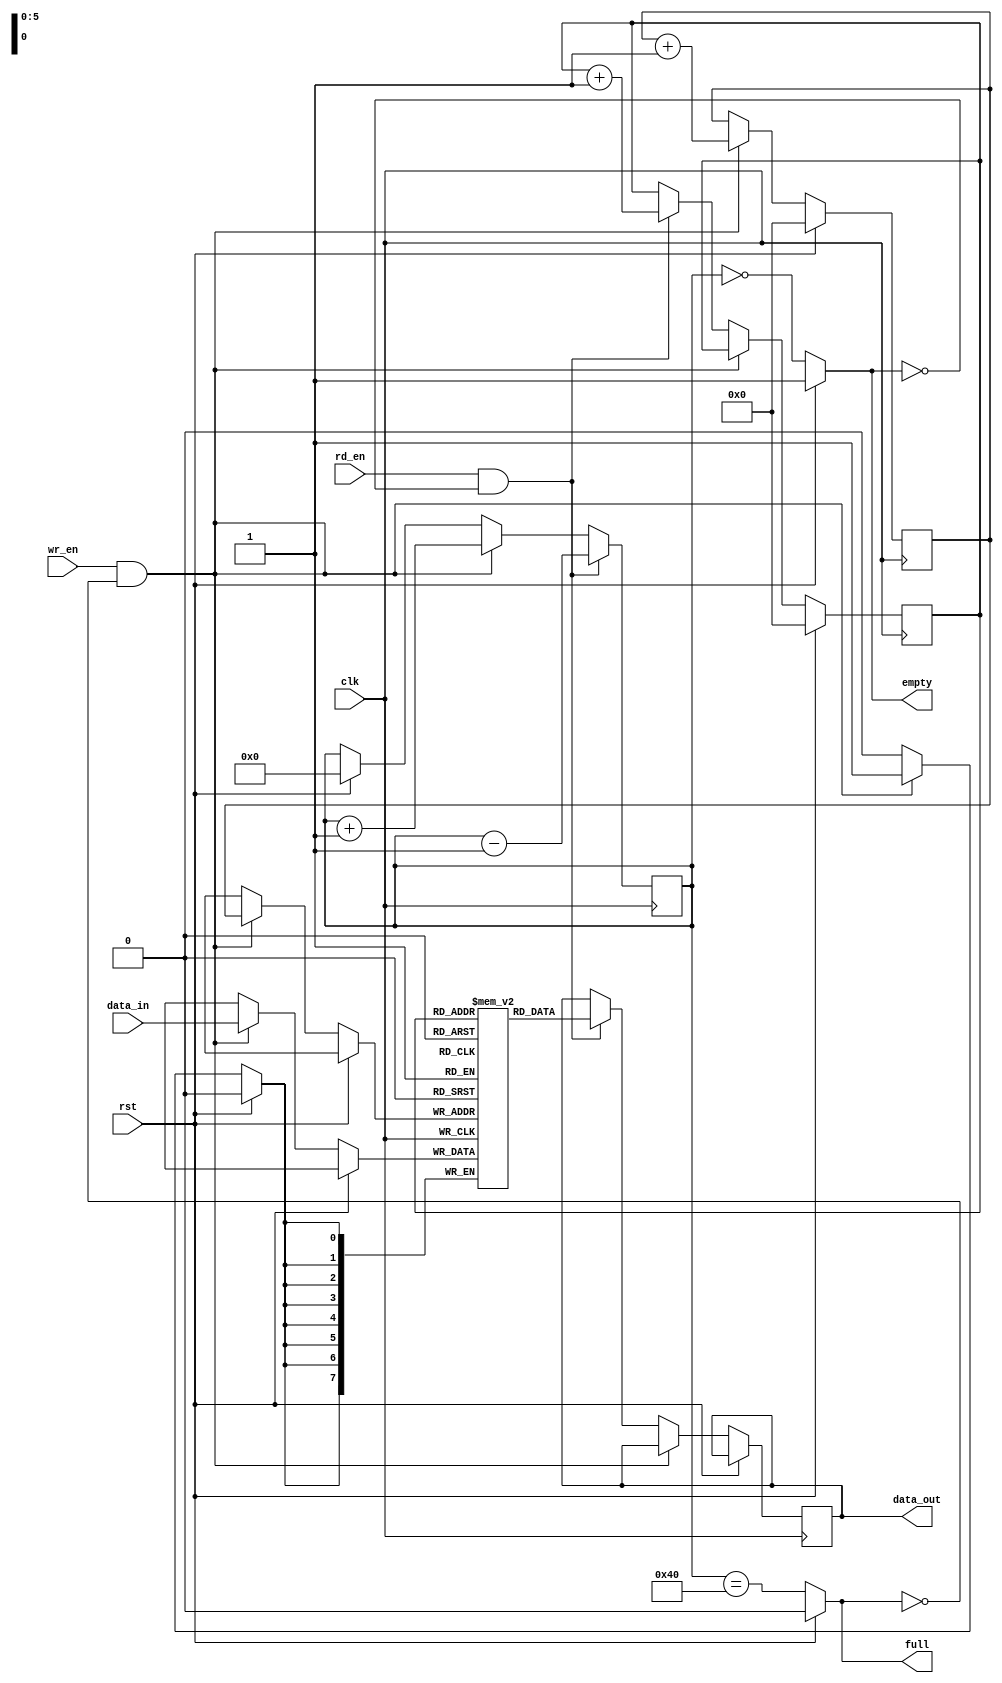
module fifo #
(
    parameter D_W = 8,
    parameter DEPTH = 64
)
(
    input clk,                          // Clock input
    input rst,                          // Reset input
    input wr_en,                        // Write enable
    input rd_en,                        // Read enable
    input [D_W-1:0] data_in,            // Data input
    output reg [D_W-1:0] data_out,      // Data output
    output reg full,                    // FIFO full flag
    output reg empty                    // FIFO empty flag
);

// FIFO memory array
reg [D_W-1:0] fifo_mem[DEPTH-1:0];

// Read and write pointers
reg [$clog2(DEPTH)-1:0] write_pointer, read_pointer;

// Counter to keep track of the number of items in the FIFO
reg [$clog2(DEPTH):0] count;

// Write operation
//
always @(posedge clk) begin
    //
    if (rst) begin
        write_pointer <= 0;
        read_pointer <= 0;
        count <= 0;
    end 
    //
    else if (wr_en && !full) begin
        fifo_mem[write_pointer] <= data_in;
        write_pointer <= write_pointer + 1;
    end 
    //
    else if (rd_en && !empty) begin
        data_out <= fifo_mem[read_pointer];
        read_pointer <= read_pointer + 1;
    end
    //
    if (wr_en && !full) begin
        count <= count + 1;
    end
    //
    if (rd_en && !empty) begin
        count <= count - 1;
    end
    //
end
//
// FIFO full and empty logic
always @(*) begin
    if(rst) begin
        full = 0;
        empty = 1;
    end
    else begin
        full = (count == DEPTH);
        empty = (count == 0);
    end
end
//
endmodule